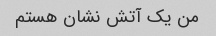
من یک آتش نشان هستم